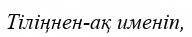
Тіліңнен-ақ именіп,